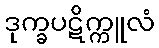
ဒုက္ခပဋိက္ကူလံ